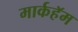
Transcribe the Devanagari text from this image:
मार्कहॅम